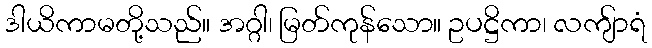
ဒါယိကာမတို့သည်။ အဂ္ဂါ၊ မြတ်ကုန်သော။ ဥပဋ္ဌိကာ၊ လကျ်ာရံ